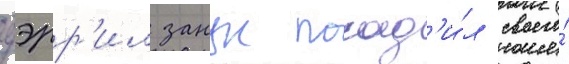
дэрр'ил занук посад'и́л своего́